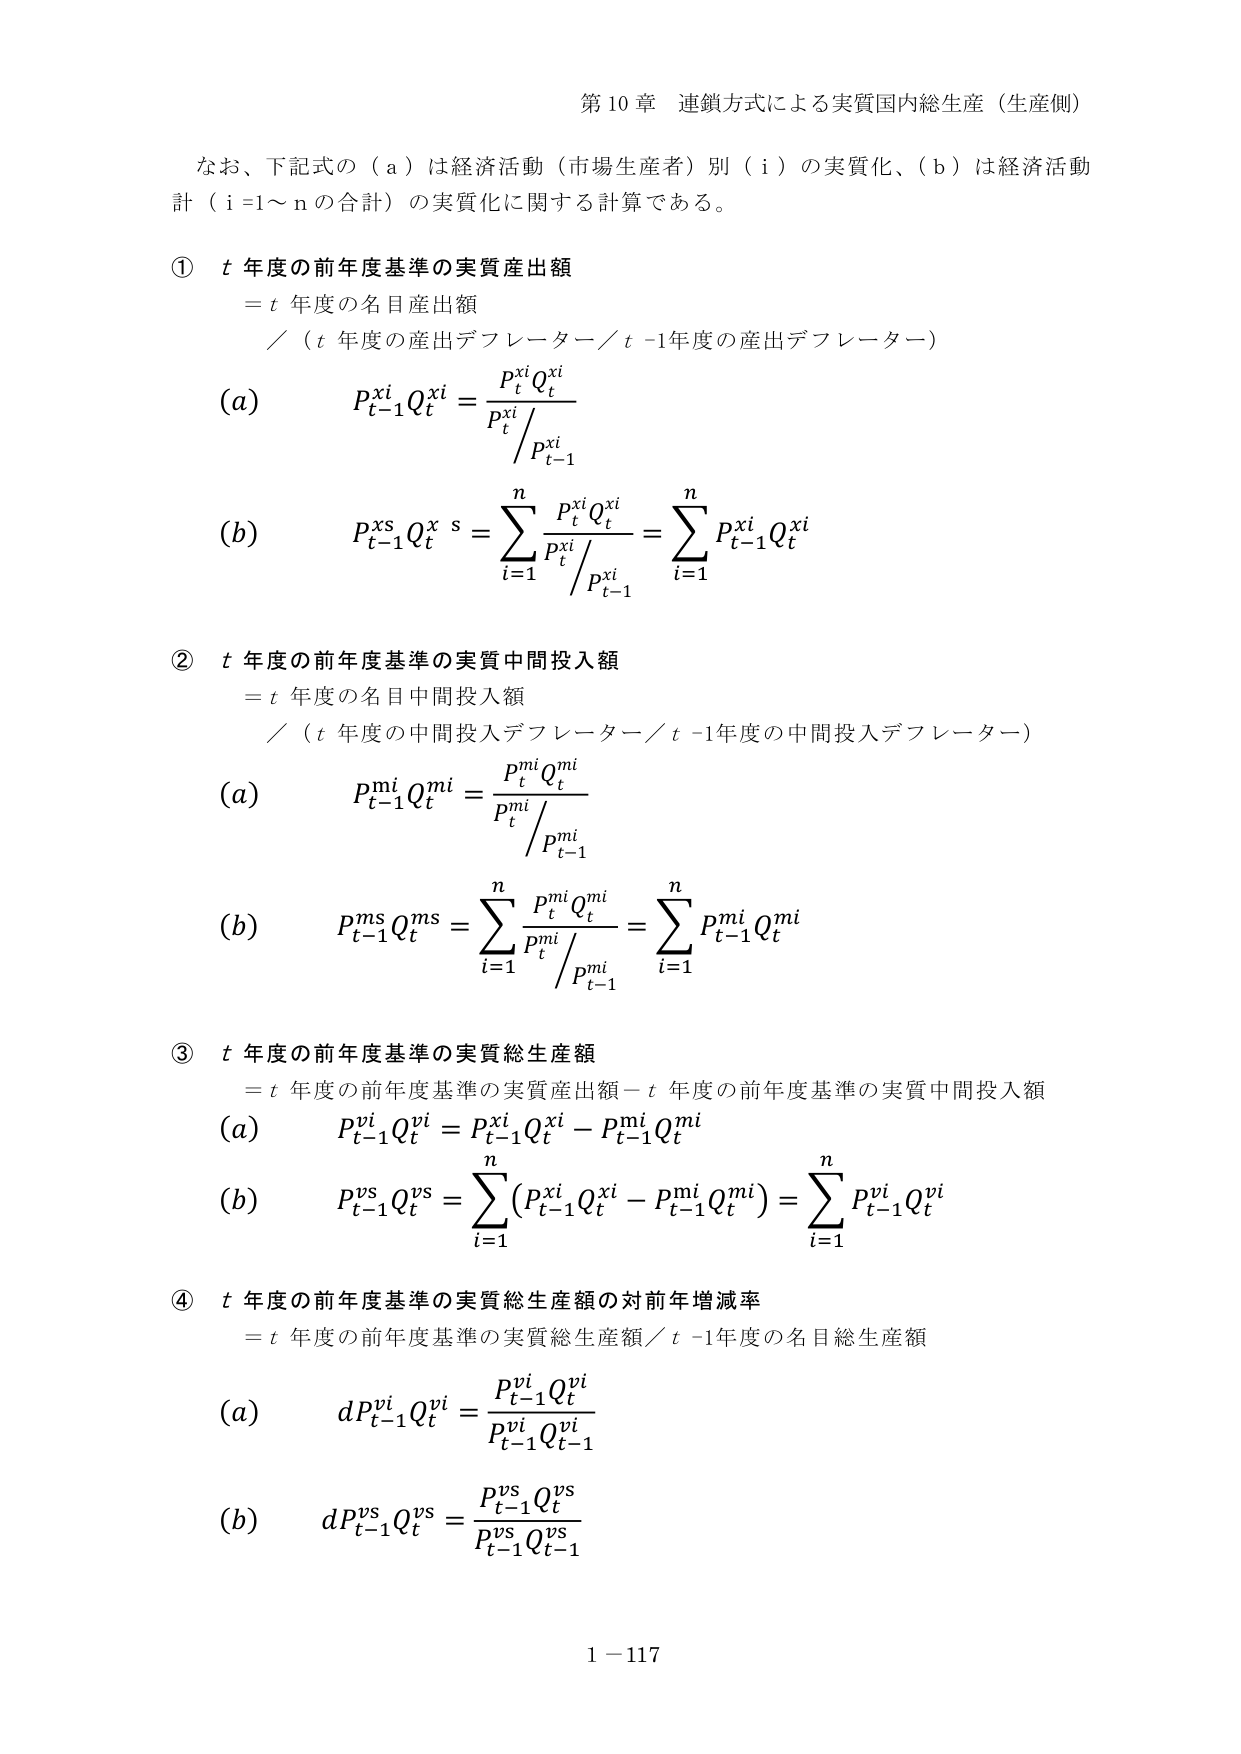
第10章 連鎖方式による実質国内総生産（生産側）

なお、下記式の（a）は経済活動（市場生産者）別（i）の実質化、（b）は経済活動計（i=1～nの合計）の実質化に関する計算である。

① t年度の前年度基準の実質産出額
＝t年度の名目産出額
／（t年度の産出デフレーター／t-1年度の産出デフレーター）
(a) \( p_{t-1}^{xi} Q_t^{xi} = \dfrac{p_t^{xi} Q_t^{xi}}{p_t^{xi} / p_{t-1}^{xi}} \)
(b) \( p_{t-1}^{xs} Q_t^{xs} = \sum_{i=1}^{n} \dfrac{p_t^{xi} Q_t^{xi}}{p_t^{xi} / p_{t-1}^{xi}} = \sum_{i=1}^{n} p_{t-1}^{xi} Q_t^{xi} \)

② t年度の前年度基準の実質中間投入額
＝t年度の名目中間投入額
／（t年度の中間投入デフレーター／t-1年度の中間投入デフレーター）
(a) \( p_{t-1}^{mi} Q_t^{mi} = \dfrac{p_t^{mi} Q_t^{mi}}{p_t^{mi} / p_{t-1}^{mi}} \)
(b) \( p_{t-1}^{ms} Q_t^{ms} = \sum_{i=1}^{n} \dfrac{p_t^{mi} Q_t^{mi}}{p_t^{mi} / p_{t-1}^{mi}} = \sum_{i=1}^{n} p_{t-1}^{mi} Q_t^{mi} \)

③ t年度の前年度基準の実質総生産額
＝t年度の前年度基準の実質産出額－t年度の前年度基準の実質中間投入額
(a) \( p_{t-1}^{vi} Q_t^{vi} = p_{t-1}^{xi} Q_t^{xi} - p_{t-1}^{mi} Q_t^{mi} \)
(b) \( p_{t-1}^{vs} Q_t^{vs} = \sum_{i=1}^{n} (p_{t-1}^{xi} Q_t^{xi} - p_{t-1}^{mi} Q_t^{mi}) = \sum_{i=1}^{n} p_{t-1}^{vi} Q_t^{vi} \)

④ t年度の前年度基準の実質総生産額の対前年増減率
＝t年度の前年度基準の実質総生産額／t-1年度の名目総生産額
(a) \( dP_{t-1}^{vi} Q_t^{vi} = \dfrac{p_{t-1}^{vi} Q_t^{vi}}{p_{t-1}^{vi} Q_{t-1}^{vi}} \)
(b) \( dP_{t-1}^{vs} Q_t^{vs} = \dfrac{p_{t-1}^{vs} Q_t^{vs}}{p_{t-1}^{vs} Q_{t-1}^{vs}} \)

1－117